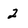
Character: 2